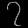
Digit: ၇